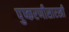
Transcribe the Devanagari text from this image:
पुष्करणीसारखी